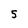
Character: 5